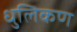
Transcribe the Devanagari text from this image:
धुलिकण